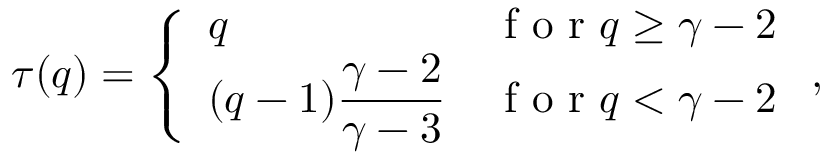
\tau ( q ) = \left\{ \begin{array} { l l } { q } & { \mathrm { ~ f ~ o ~ r ~ } q \ge \gamma - 2 } \\ { \displaystyle ( q - 1 ) \frac { \gamma - 2 } { \gamma - 3 } } & { \mathrm { ~ f ~ o ~ r ~ } q < \gamma - 2 } \end{array} \right. ,